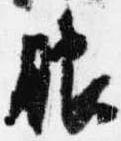
服